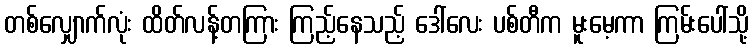
တစ်လျှောက်လုံး ထိတ်လန့်တကြား ကြည့်နေသည့် ဒေါ်လေး ပစ်တီက မူးမေ့ကာ ကြမ်းပေါ်သို့